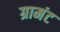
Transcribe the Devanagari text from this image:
ग्रामंट